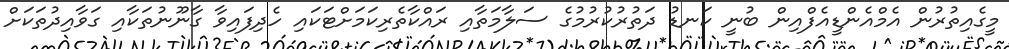
މީގެއިތުރުން އެމްއެންޑީއެފްއިން ބުނީ ކަނޑު ދަތުރުކުރުމުގެ ސަލާމަތާއި ރައްކާތެރިކަމަށްޓަކައި ހެދިފައިވާ ގާނޫނުތަކާއި ގަވާއިދުތަކަށް